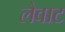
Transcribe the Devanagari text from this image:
लैबाट